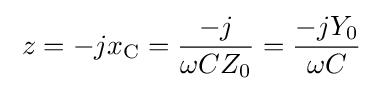
\;z=-jx_{\text{C}}={\frac {-j}{\omega CZ_{0}}}={\frac {-jY_{0}}{\omega C}}\;